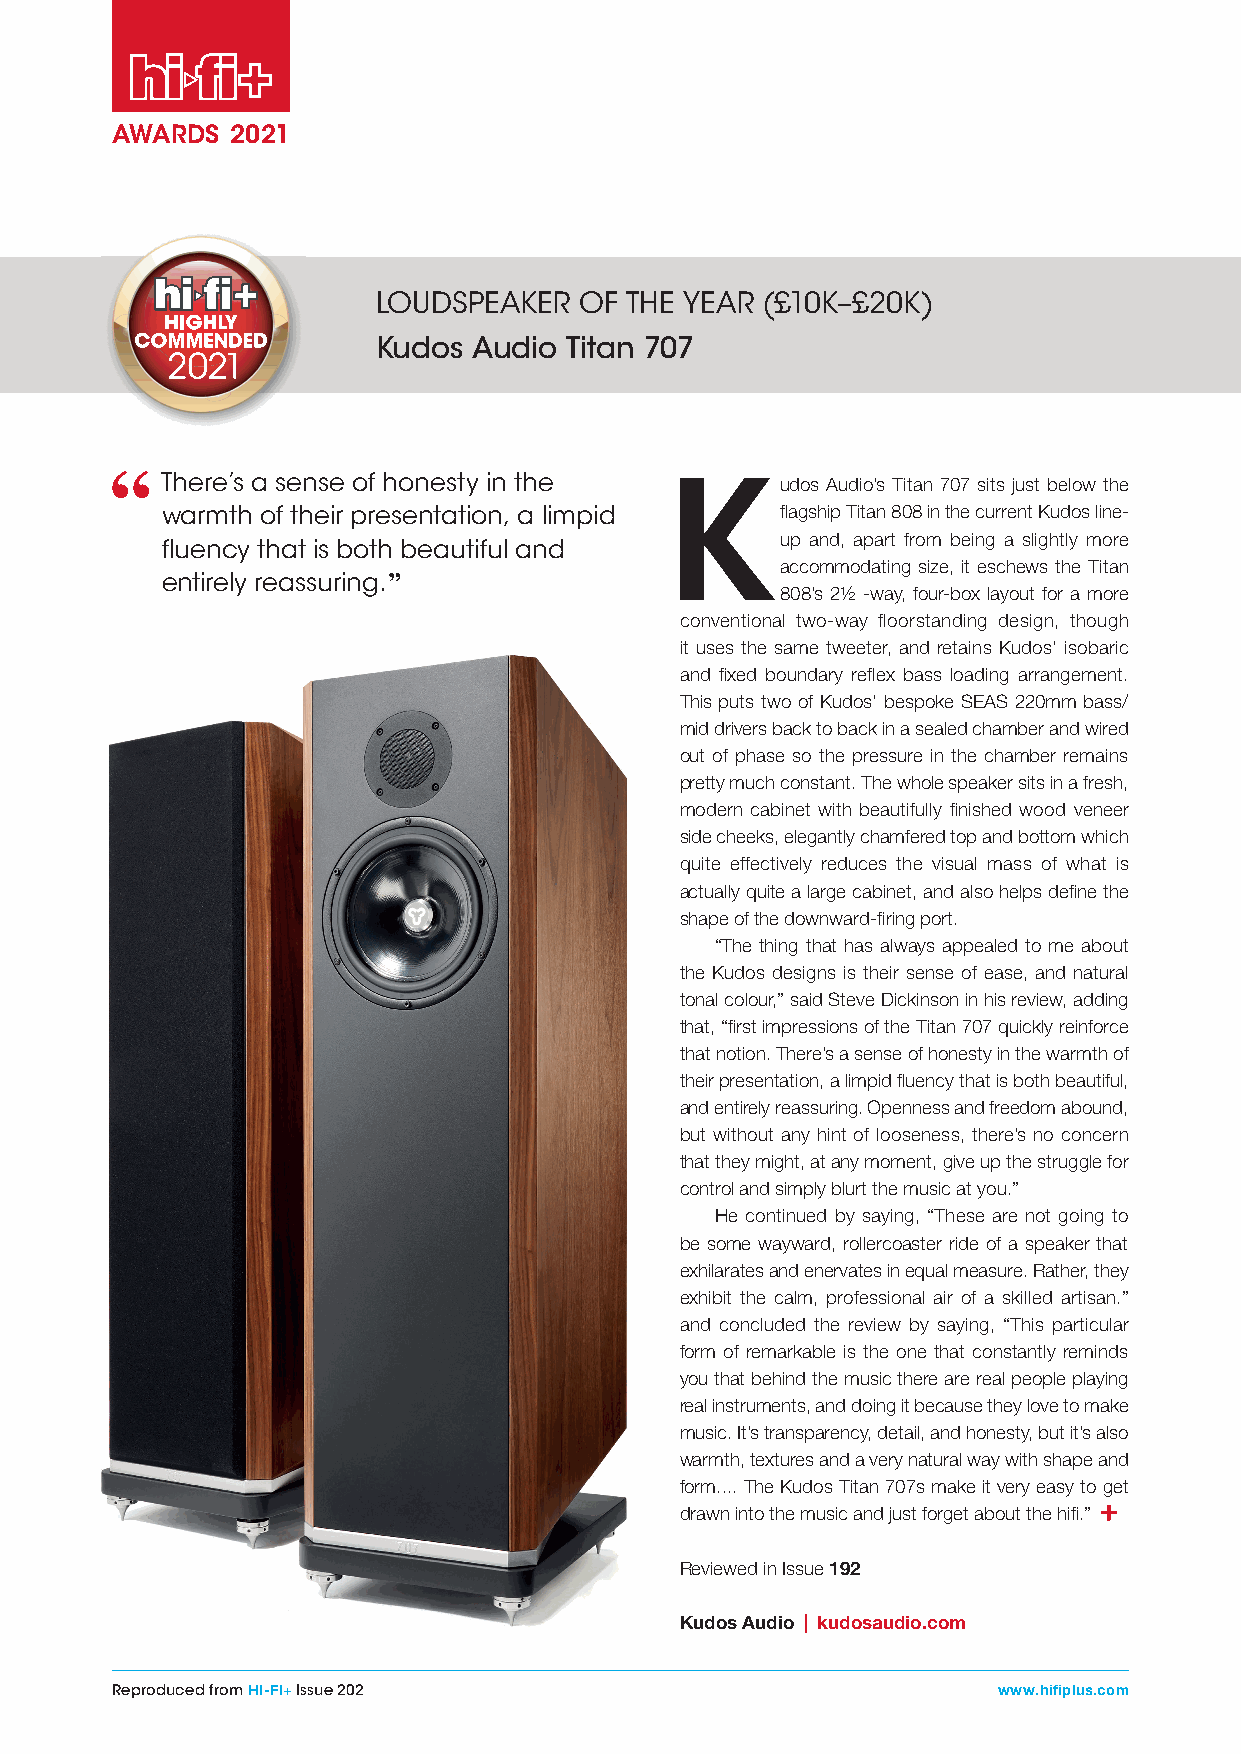
AWARDS  2021
 LOUDSPEAKER  OF THE YEAR (£10K–£20K)
 Kudos Audio  Titan 707
 There’s a sense of honesty in the Kudos     Audio’s Titan 707 sits just below the
 warmth of their presentation, a limpid   fl agship Titan 808 in the current Kudos line-
 up and, apart from being a slightly more
 fluency that is both beautiful and
 accommodating size, it eschews the Titan
 entirely reassuring. ”
 808’s 2½ -way, four-box layout for a more
 conventional two-way floorstanding design, though
 it uses the same tweeter, and retains Kudos’ isobaric
 and fi xed boundary refl ex bass loading arrangement.
 This puts two of Kudos’ bespoke SEAS 220mm bass/
 mid drivers back to back in a sealed chamber and wired
 out of phase so the pressure in the chamber remains
 pretty much constant. The whole speaker sits in a fresh,
 modern cabinet with beautifully fi nished wood veneer
 side cheeks, elegantly chamfered top and bottom which
 quite effectively reduces the visual mass of what is
 actually quite a large cabinet, and also helps defi ne the
 shape of the downward-fi ring port.
 “The thing that has always appealed to me about
 the Kudos designs is their sense of ease, and natural
 tonal colour,” said Steve Dickinson in his review, adding
 that, “fi rst impressions of the Titan 707 quickly reinforce
 that notion. There’s a sense of honesty in the warmth of
 their presentation, a limpid fl uency that is both beautiful,
 and entirely reassuring. Openness and freedom abound,
 but without any hint of looseness, there’s no concern
 that they might, at any moment, give up the struggle for
 control and simply blurt the music at you.”
 He continued by saying, “These are not going to
 be some wayward, rollercoaster ride of a speaker that
 exhilarates and enervates in equal measure. Rather, they
 exhibit the calm, professional air of a skilled artisan.”
 and concluded the review by saying, “This particular
 form of remarkable is the one that constantly reminds
 you that behind the music there are real people playing
 real instruments, and doing it because they love to make
 music. It’s transparency, detail, and honesty, but it’s also
 warmth, textures and a very natural way with shape and
 form.... The Kudos Titan 707s make it very easy to get
 drawn into the music and just forget about the hifi .”
 Reviewed in Issue 192
 Kudos Audio | kudosaudio.com
 Reproduced from HI-FI+ Issue 202                           www.hifiplus.com